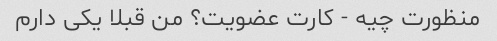
منظورت چیه - کارت عضویت؟ من قبلا یکی دارم